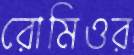
রোমিওর